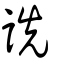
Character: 詵